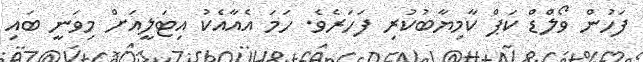
ފަހުން ވޯލްޑް ކަޕް ކާމިޔާބުކުރި ފަހަރެވެ. ހަމަ އެއާއެކު އިޓަލީއަށް މިވަނީ ބައި